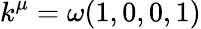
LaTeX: k^{\mu}=\omega(1,0,0,1)